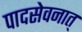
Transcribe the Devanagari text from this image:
पादसेवनात्